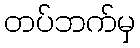
တပ်ဘက်မှ